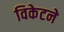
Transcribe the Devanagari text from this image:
विकेटने